Indian journal of veterinary science and animal husbandry - Volume 10,
Year: 1940
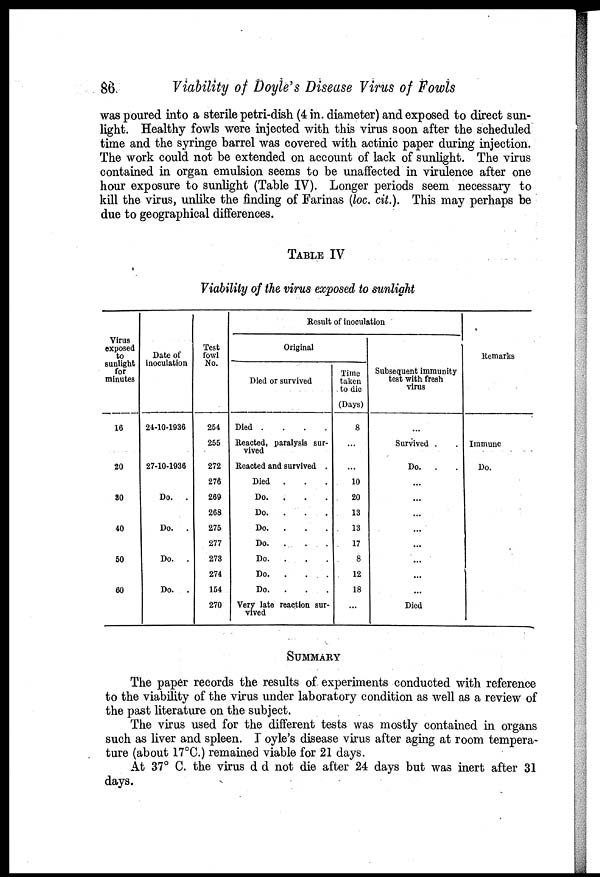
86.
Viability of Doyle's Disease Virus of Fowls
was poured into a sterile petri-dish (4 in. diameter) and exposed to direct sun-
light. Healthy fowls were injected with this virus soon after the scheduled
time and the syringe barrel was covered with actinic paper during injection.
The work could not be extended on account of lack of sunlight. The virus
contained in organ emulsion seems to be unaffected in virulence after one
hour exposure to sunlight (Table IV). Longer periods seem necessary to
kill the virus, unlike the finding of Farinas (loc. cit.). This may perhaps be
due to geographical differences.
TABLE IV
Viability of the virus exposed to sunlight
Virus
exposed
to
sunlight
for
minutes
16
20
30
40
50
60
Date of
inoculation
24-10-1936
27-10-1936
Do. .
Do. .
Do. .
Do. .
Test
fowl
No.
254
255
272
276
269
268
275
277
273
274
154
270
Result of Inoculation
Original
Died or survived
Died
....
Reacted, paralysis sur-
vived
Reacted and survived..
Died .
Do.
.
Do.
.
Do.
Do.
.
Do.
.
Do.
.
Do.
.
Very late reaction sur-
vived
Time
taken
to die
(Days)
8
...
...
10
20
13
13
17
8
12
18
...
Subsequent immunity
test with fresh
virus
...
Survived .
Do
...
...
...
...
...
Died
Remarks
Immune
Do.
SUMMARY
The paper records the results of experiments conducted with reference
to the viability of the virus under laboratory condition as well as a review of
the past literature on the subject.
The virus used for the different tests was mostly contained in organs
such as liver and spleen. Ioyle's disease virus after aging at room tempera-
ture (about 17°C.) remained viable for 21 days.
At 37° C. the virus d d not die after 24 days but was inert after 31
days.